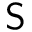
{ \sf S }